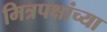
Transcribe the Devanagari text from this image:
मित्रपक्षांच्या